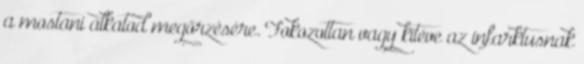
a mostani alkatod megőrzésére. Fokozottan vagy kitéve az infarktusnak